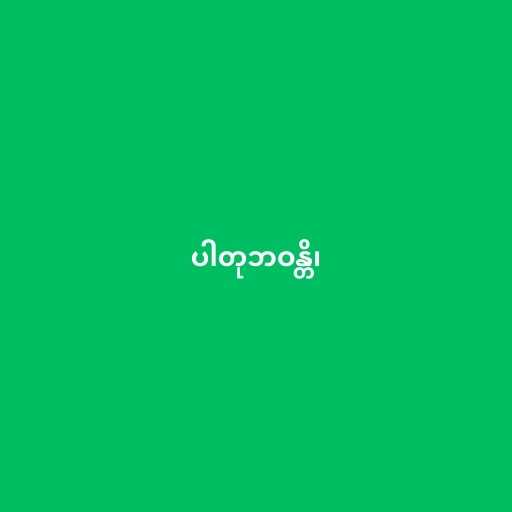
ပါတုဘဝန္တိ၊